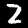
Digit: 2